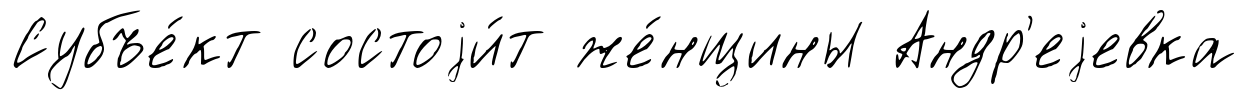
Субъе́кт состоjи́т же́нщины Андр'еjевка